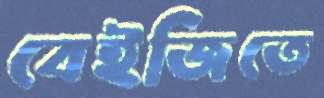
বেইজিতে